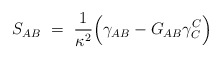
\begin{align*}S_{AB}\ =\ \frac{1}{\kappa^2}\Big( \gamma_{AB}-G_{AB}\gamma^C_C\Big)\end{align*}